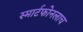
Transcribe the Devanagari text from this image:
स्मार्टफोनलाच